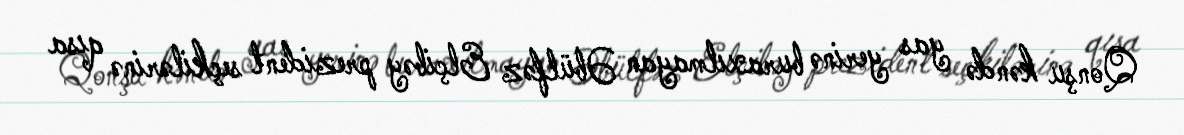
Qonşu kəndə yas yerinə buraxılmayan Əbülfəz Elçibəy prezident seçkilərinə qısa